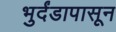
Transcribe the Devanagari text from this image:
भुर्दंडापासून